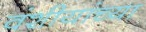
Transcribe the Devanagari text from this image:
वंशीयांच्या